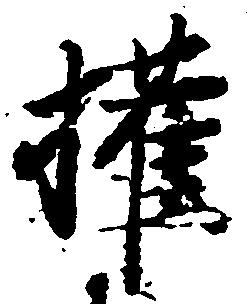
権